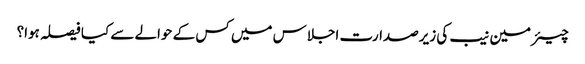
چیئرمین نیب کی زیرصدارت اجلاس میں کس کے حوالے سے کیا فیصلہ ہوا؟